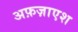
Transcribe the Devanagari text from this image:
अफ़ज़ाएश